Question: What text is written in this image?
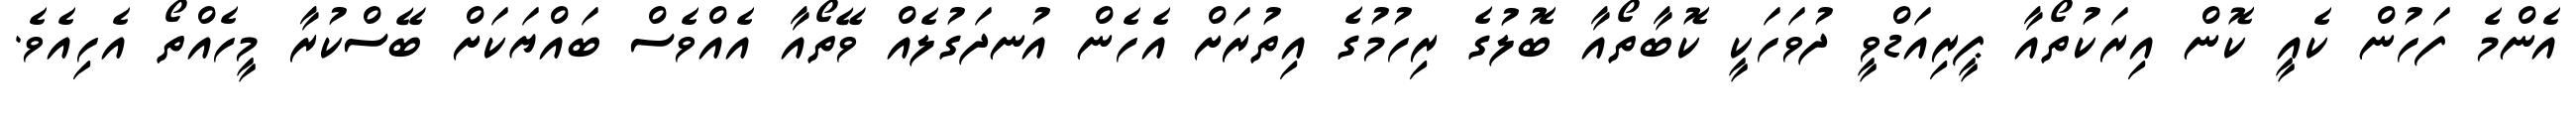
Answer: އެންމެ ފަހުން ކެއީ ކޮން އިރަކުތޯއާ ޕީރިއަޑްވީ ދުވަހަކީ ކޮބާތޯއާ ބޮލުގެ ރިހުމުގެ އިތުރަށް އެހެން އުނދަގުލެއް ވޭތޯއާ އެއްވެސް ބައްޔަކަށް ބޭސްކުރާ މީހެއްތޯ އެހިއެވެ.